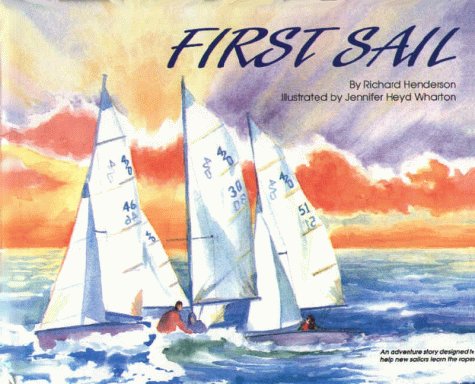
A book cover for First Sail:  An Adventure Story Designed to Help New Sailors Learn the Ropes; Richard Henderson; Children's Books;